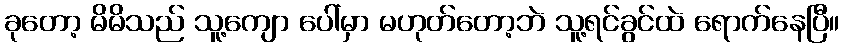
ခုတော့ မိမိသည် သူ့ကျော ပေါ်မှာ မဟုတ်တော့ဘဲ သူ့ရင်ခွင်ထဲ ရောက်နေပြီ။